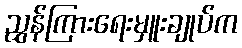
ညွှန်ကြားရေးမှူးချုပ်က